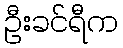
ဦးခင်ရီက